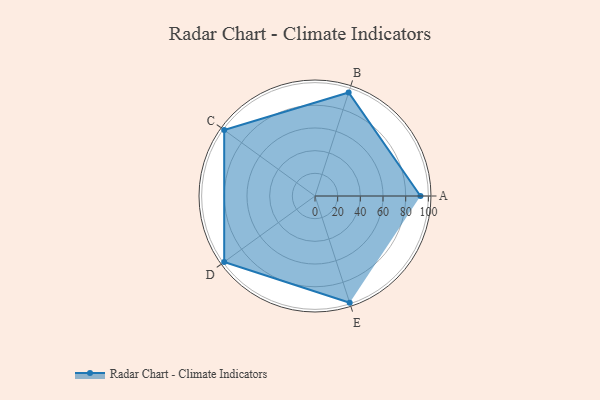
{"axis": {"x": "Skill", "y": "Score"}, "legend": ["Profile"], "data": [{"x": "A", "y": 93.0, "type": "Profile"}, {"x": "B", "y": 96.0, "type": "Profile"}, {"x": "C", "y": 99, "type": "Profile"}, {"x": "D", "y": 99, "type": "Profile"}, {"x": "E", "y": 99, "type": "Profile"}]}